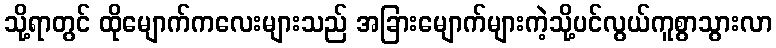
သို့ရာတွင် ထိုမျောက်ကလေးများသည် အခြားမျောက်များကဲ့သို့ပင်လွယ်ကူစွာသွားလာ